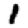
Digit: 1